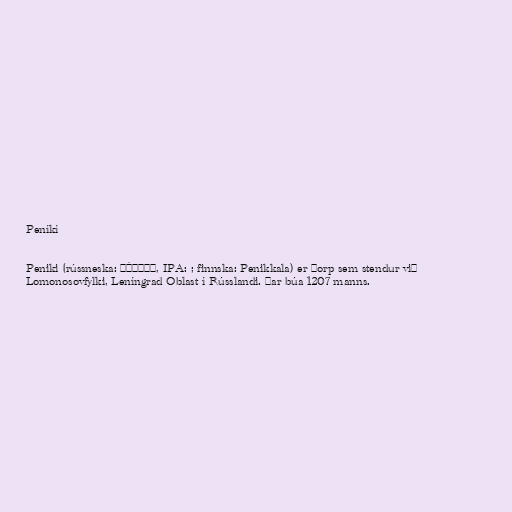
Peníkí

Peniki (rússneska: Пе́ники, IPA: ; finnska: Penikkala) er þorp sem stendur við
Lomonosovfylki, Leníngrad Oblast í Rússlandi. Þar búa 1207 manns.